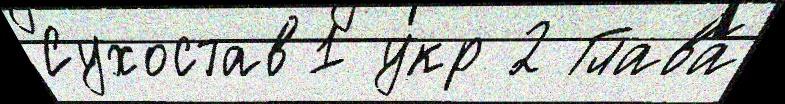
Сухостав1 укр 2 Глава́